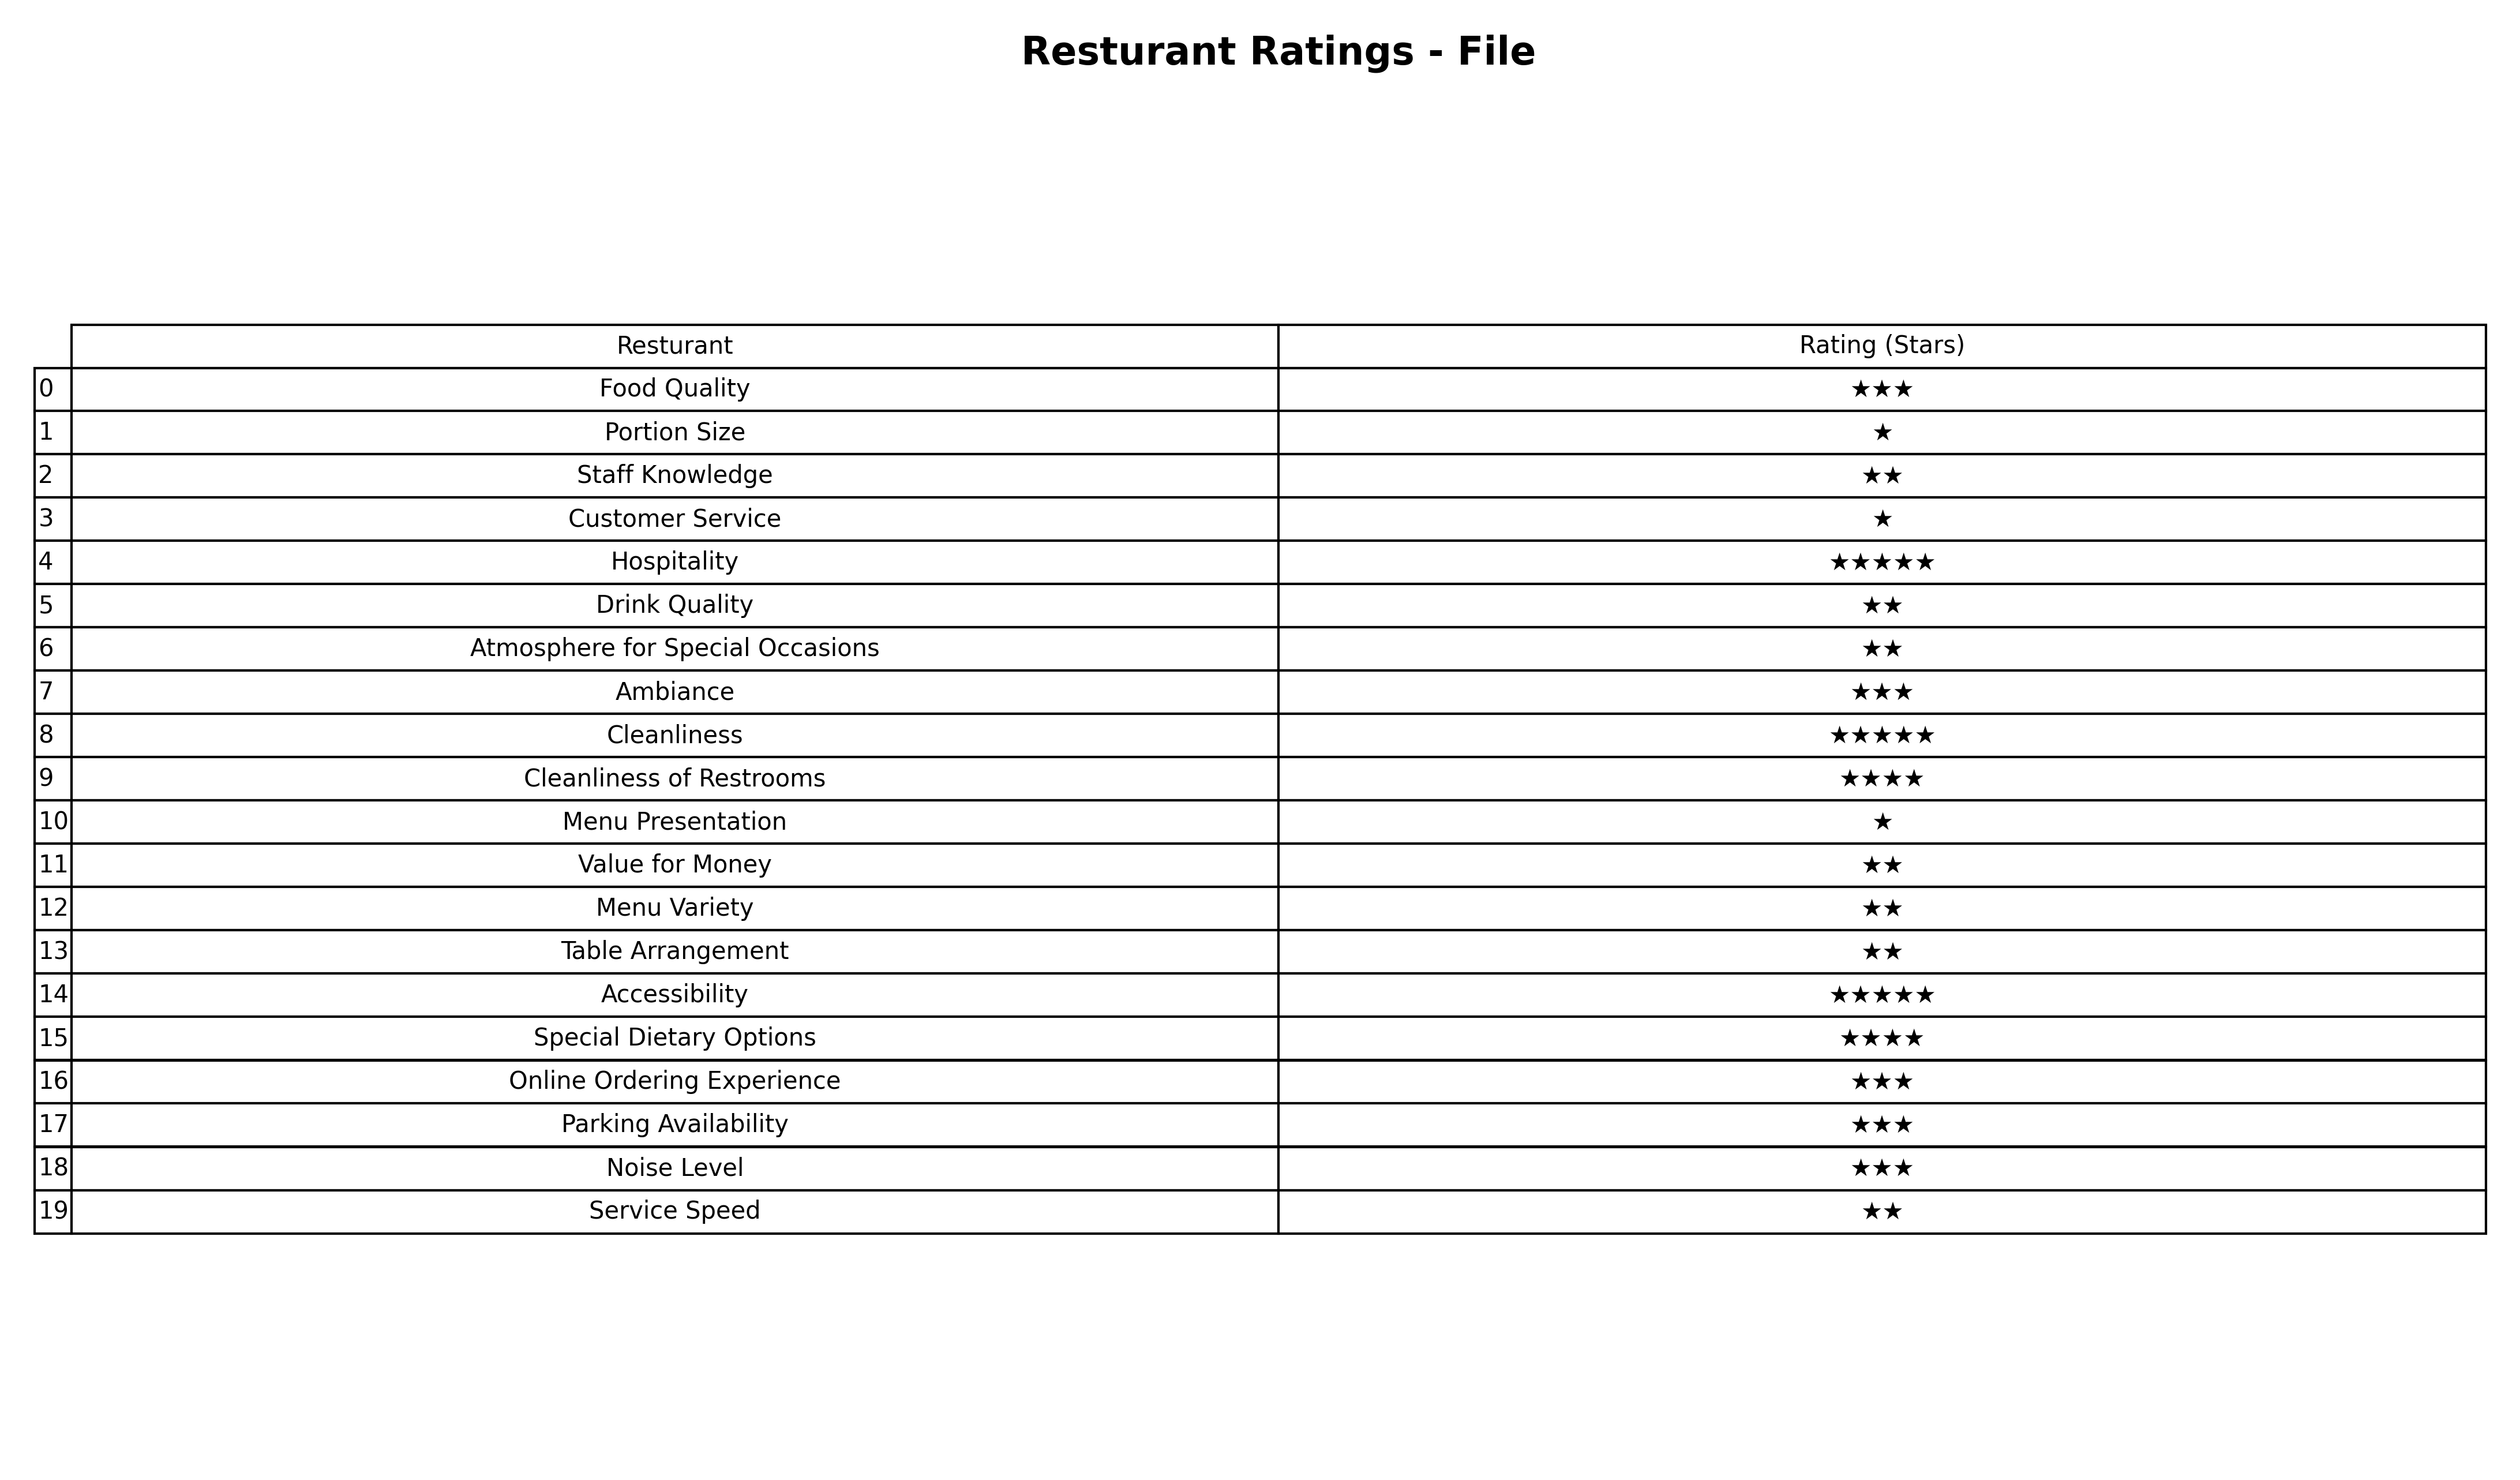
question: What are lowest rating services?
answer: Cleanliness of RestroomsSpecial Dietary Options